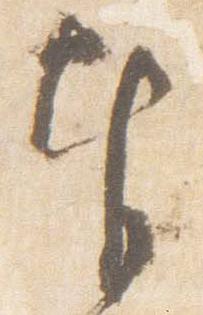
奉